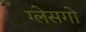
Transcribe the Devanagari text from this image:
ग्लेसगो